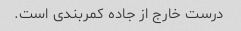
درست خارج از جاده کمربندی است.